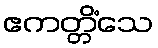
ဧကတ္တိံသေ